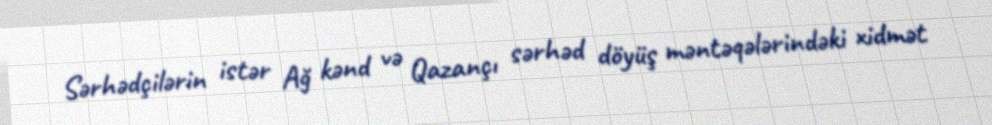
Sərhədçilərin istər Ağ kənd və Qazançı sərhəd döyüş məntəqələrindəki xidmət